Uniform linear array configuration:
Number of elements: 64
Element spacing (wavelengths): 0.5
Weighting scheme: hamming
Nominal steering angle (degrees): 60
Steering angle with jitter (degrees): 61.723
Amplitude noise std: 0.05
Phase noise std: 0.05

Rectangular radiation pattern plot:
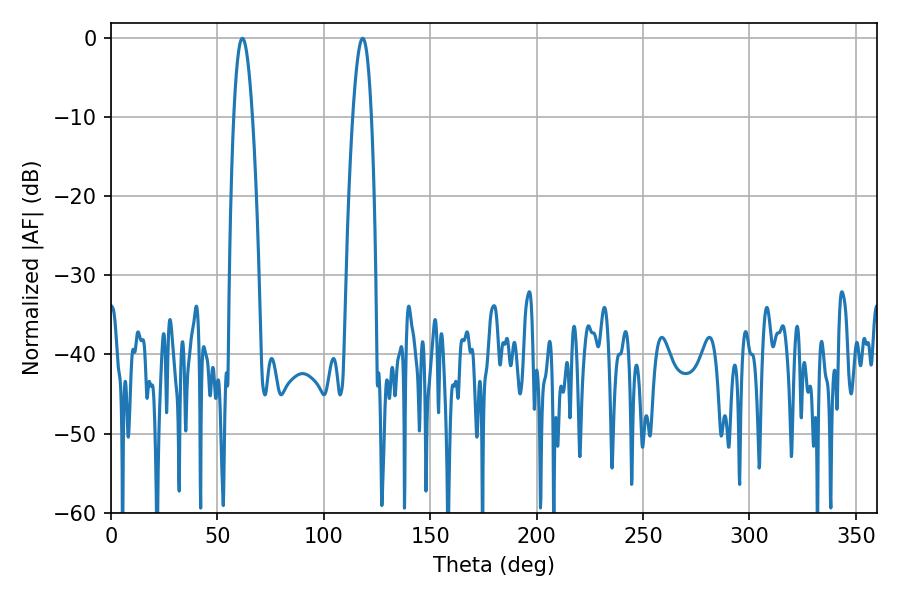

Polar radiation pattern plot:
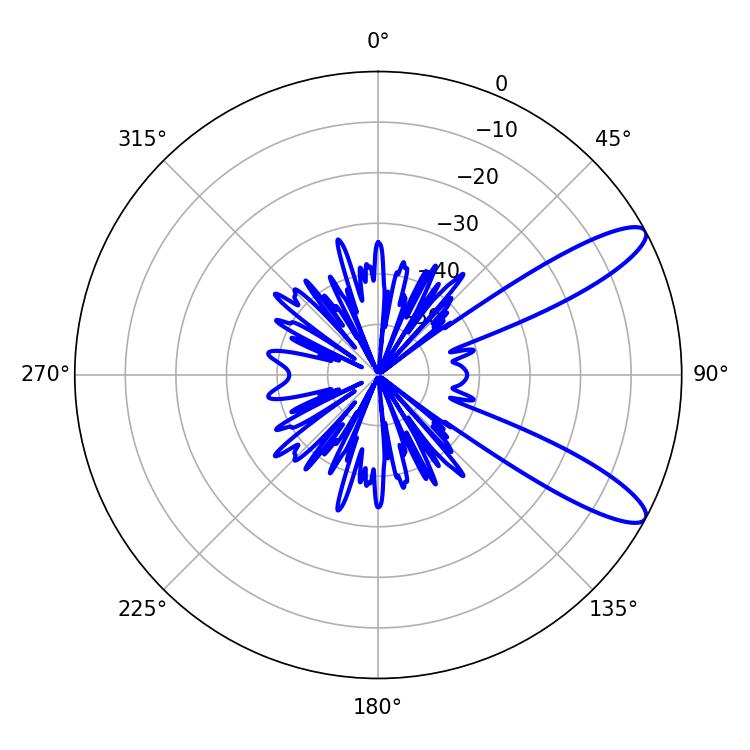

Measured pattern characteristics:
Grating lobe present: FALSE
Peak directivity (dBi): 10.949
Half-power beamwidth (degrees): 4.86
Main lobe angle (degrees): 61.74